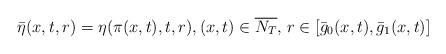
LaTeX: \begin{align*} \bar{\eta}(x,t,r) = \eta(\pi(x,t),t,r), (x,t) \in \overline{N_T}, \, r\in[\bar{g}_0(x,t),\bar{g}_1(x,t)]\end{align*}